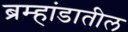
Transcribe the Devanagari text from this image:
ब्रम्हांडातील